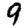
Digit: 9